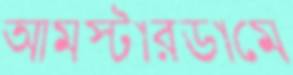
আমস্টারডামে